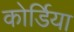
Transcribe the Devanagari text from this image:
कोर्डिया